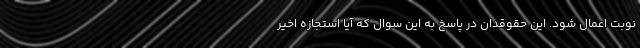
نوبت اعمال شود. این حقوقدان در پاسخ به این سوال که آیا استجازه اخیر